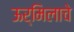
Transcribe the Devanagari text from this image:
ऊर्मिलाचे